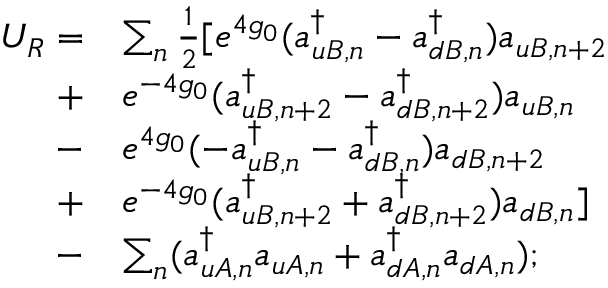
\begin{array} { r l } { U _ { R } = } & { \sum _ { n } \frac { 1 } { 2 } [ e ^ { 4 g _ { 0 } } ( a _ { u B , n } ^ { \dagger } - a _ { d B , n } ^ { \dagger } ) a _ { u B , n + 2 } } \\ { + } & { e ^ { - 4 g _ { 0 } } ( a _ { u B , n + 2 } ^ { \dagger } - a _ { d B , n + 2 } ^ { \dagger } ) a _ { u B , n } } \\ { - } & { e ^ { 4 g _ { 0 } } ( - a _ { u B , n } ^ { \dagger } - a _ { d B , n } ^ { \dagger } ) a _ { d B , n + 2 } } \\ { + } & { e ^ { - 4 g _ { 0 } } ( a _ { u B , n + 2 } ^ { \dagger } + a _ { d B , n + 2 } ^ { \dagger } ) a _ { d B , n } ] } \\ { - } & { \sum _ { n } ( a _ { u A , n } ^ { \dagger } a _ { u A , n } + a _ { d A , n } ^ { \dagger } a _ { d A , n } ) ; } \end{array}